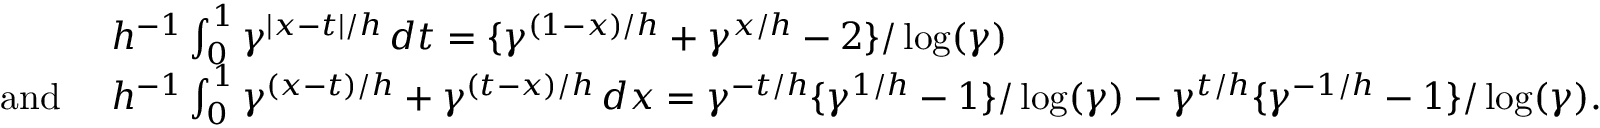
\begin{array} { r l } & { h ^ { - 1 } \int _ { 0 } ^ { 1 } \gamma ^ { | x - t | / h } \, d t = \{ \gamma ^ { ( 1 - x ) / h } + \gamma ^ { x / h } - 2 \} / \log ( \gamma ) } \\ { \mathrm { a n d ~ } } & { h ^ { - 1 } \int _ { 0 } ^ { 1 } \gamma ^ { ( x - t ) / h } + \gamma ^ { ( t - x ) / h } \, d x = \gamma ^ { - t / h } \{ \gamma ^ { 1 / h } - 1 \} / \log ( \gamma ) - \gamma ^ { t / h } \{ \gamma ^ { - 1 / h } - 1 \} / \log ( \gamma ) . } \end{array}